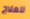
للعلاج